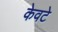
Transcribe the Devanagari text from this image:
केवटे